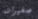
صغيرات